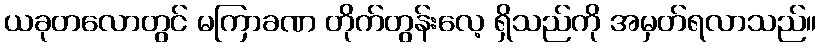
ယခုတလောတွင် မကြာခဏ တိုက်တွန်းလေ့ ရှိသည်ကို အမှတ်ရလာသည်။